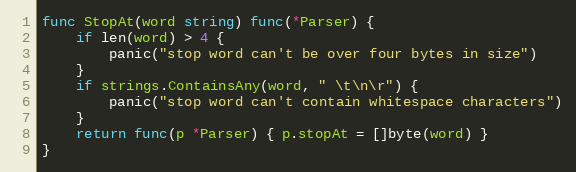
Language: Go
func StopAt(word string) func(*Parser) {
	if len(word) > 4 {
		panic("stop word can't be over four bytes in size")
	}
	if strings.ContainsAny(word, " \t\n\r") {
		panic("stop word can't contain whitespace characters")
	}
	return func(p *Parser) { p.stopAt = []byte(word) }
}